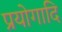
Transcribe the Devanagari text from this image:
प्रयोगादि